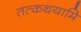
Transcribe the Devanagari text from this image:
तत्कथयामि